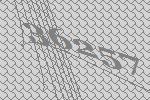
36257